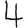
Digit: 4